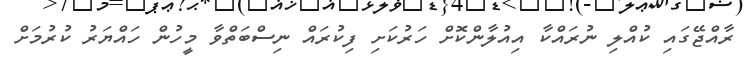
ރާއްޖޭގައި ކުއްލި ނުރައްކާ އިއުލާންކޮށް ހަރުކަށި ފިކުރައް ނިސްބަތްވާ މީހުން ހައްޔަރު ކުރުމަށް